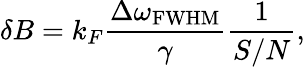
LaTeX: \delta B=k_{F}\frac{\Delta\omega_{\mathrm{{FWHM}}}}{\gamma}\frac{1}{S/N},